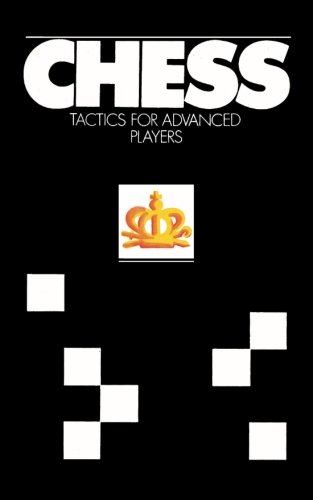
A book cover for Chess Tactics for Advanced Players; Yuri Averbakh; Humor & Entertainment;